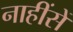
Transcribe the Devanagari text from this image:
नाहींसें